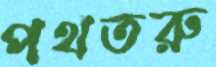
পথতরু